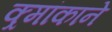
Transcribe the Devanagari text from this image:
क्र्मांकाने